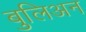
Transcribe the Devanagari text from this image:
बुलिअन